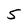
Character: 5